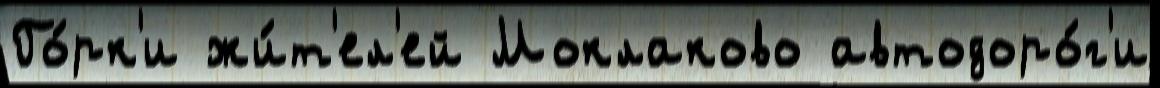
Го́рк'и жи́т'ел'ей Моклаково автодоро́г'и